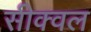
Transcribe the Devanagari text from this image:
सीक्‍वल